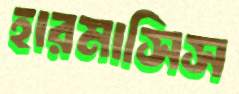
হারমাসিস